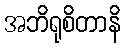
အဘိရုစိတာနိ